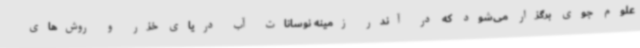
علوم جوی برگزار می‌شود که در آندر زمینه نوسانات آب دریای خزر و روش‌های